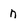
Character: n